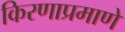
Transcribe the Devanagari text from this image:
किरणाप्रमाणे